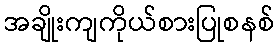
အချိုးကျကိုယ်စားပြုစနစ်